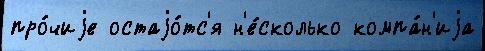
про́чиjе остаjо́тс'я н'е́сколько компа́н'иjа